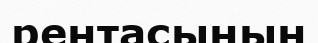
рентасынын